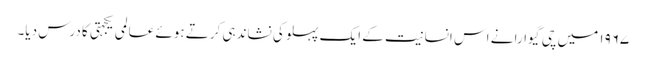
۱۹۶۷ میں چی گیوارا نے اس انسانیت کے ایک پہلو کی نشاندہی کرتے ہوئے عالمی یکجہتی کا درس دیا۔